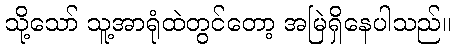
သို့သော် သူ့အာရုံထဲတွင်တော့ အမြဲရှိနေပါသည်။